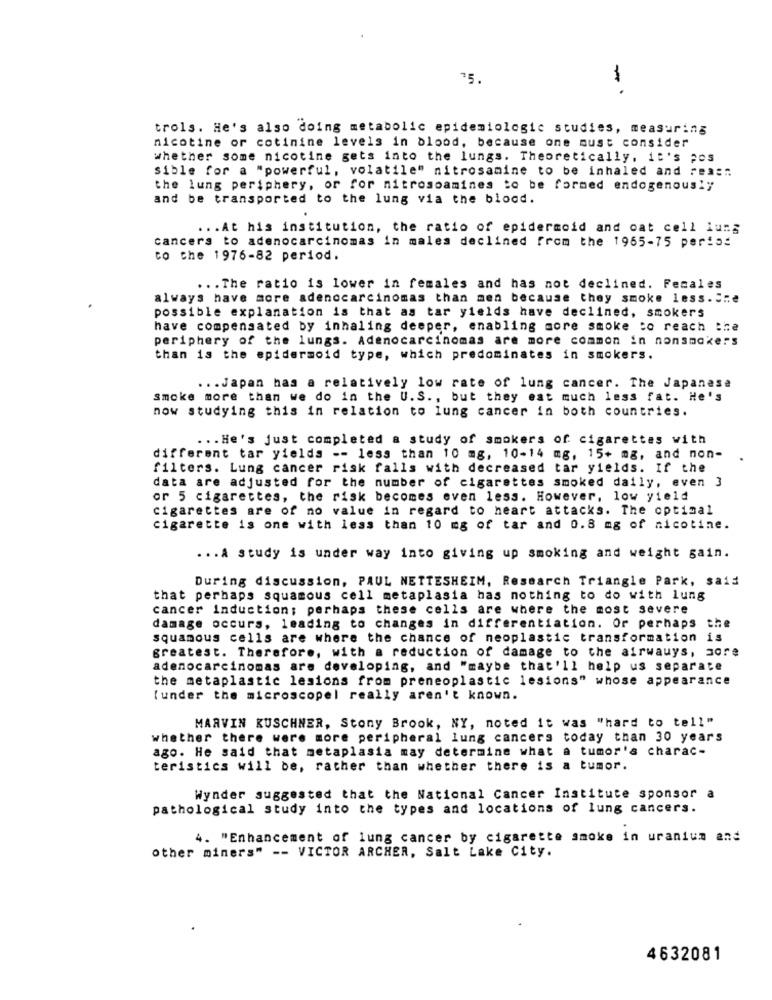
-1
trols. He's also doing metabolic epidemiologic studies, measuring
nicotine or cotinine levels in blood, because one must consider
whether some nicotine gets into the lungs. Theoretically, it's pos
sible for a "powerful, volatile" nitrosamine to be inhaled and rea ::.
the lung periphery, or for nitrosoamines to be formed endogenous !;
and be transported to the lung via the blood.
... At his institution, the ratio of epidermoid and oat cell lung
cancers to adenocarcinomas in males declined from the 1965-75 paris:
to the 1976-82 period.
... The ratio is lower in females and has not declined. Females
always have more adenocarcinomas than men because they smoke less .....
possible explanation is that as tar yields have declined, smokers
have compensated by inhaling deeper, enabling more smoke to reach the
periphery of the lungs. Adenocarcinomas are more common in nonsmokers
than is the epidermoid type, which predominates in smokers.
... Japan has a relatively low rate of lung cancer. The Japanese
smoke more than we do in the U.S ., but they eat much less fat. He's
now studying this in relation to lung cancer in both countries.
... He's just completed a study of smokers of cigarettes with
different tar yields -- less than 10 mg, 10-14 mg, 15+ mg, and non-
filters. Lung cancer risk falls with decreased tar yields. If the
data are adjusted for the number of cigarettes smoked daily, even 3
or 5 cigarettes, the risk becomes even less. However, low yield
cigarettes are of no value in regard to heart attacks. The optimal
cigarette is one with less than 10 mg of tar and 0.8 mg of nicotine.
... A study is under way into giving up smoking and weight gain.
During discussion, PAUL NETTESHEIM, Research Triangle Park, said
that perhaps squamous cell metaplasia has nothing to do with lung
cancer induction; perhaps these cells are where the most severe
damage occurs, leading to changes in differentiation. Or perhaps
the
squamous cells are where the chance of neoplastic transformation is
greatest. Therefore, with a reduction of damage to the airwauys, sore
adenocarcinomas are developing, and "maybe that'll help us separate
the metaplastic lesions from preneoplastic lesions" whose appearance
[under the microscopel really aren't known.
MARVIN KUSCHNER, Stony Brook, NY, noted it was "hard to tell"
whether there were more peripheral lung cancers today than 30 years
ago. He said that metaplasia may determine what a tumor's charac-
teristics will be, rather than whether there is a tumor.
Wynder suggested that the National Cancer Institute sponsor a
pathological study into the types and locations of lung cancers.
4. "Enhancement of lung cancer by cigarette smoke in uranium and
other miners" -- VICTOR ARCHER, Salt Lake City.
4632081